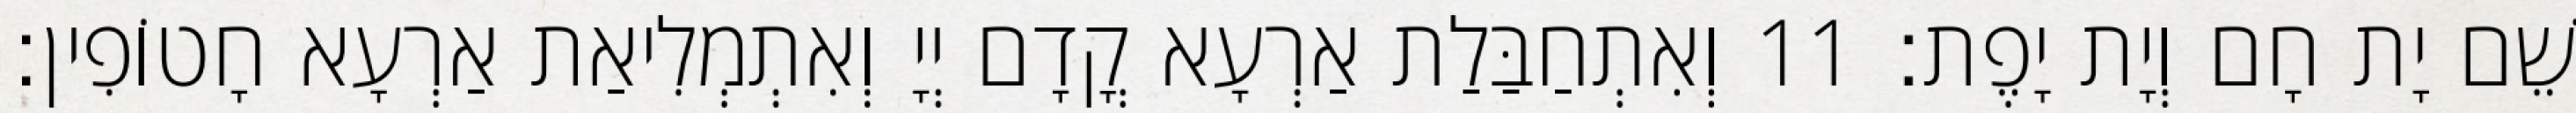
שֵׁם יָת חָם וְיָת יָפֶת׃ 11 וְאִתְחַבַּלַת אַרְעָא קֳדָם יְיָ וְאִתְמְלִיאַת אַרְעָא חָטוֹפִין׃